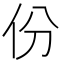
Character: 份